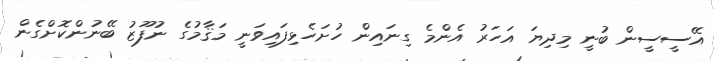
އޭސީސީން ބުނީ މިދިޔަ އަހަރު އެންމެ ގިނައިން ހުށަހެޅިފައިވަނީ މަޤާމުގެ ނުފޫޒު ބޭނުންކޮށްގެން